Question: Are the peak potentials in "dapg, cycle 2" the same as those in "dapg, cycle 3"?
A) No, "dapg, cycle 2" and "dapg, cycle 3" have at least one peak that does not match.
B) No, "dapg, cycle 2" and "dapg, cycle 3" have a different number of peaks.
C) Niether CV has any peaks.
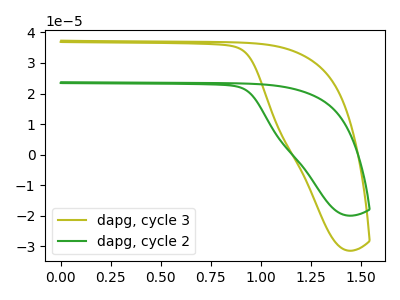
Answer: <think>The olive curve "dapg, cycle 3" has no peaks. The green curve "dapg, cycle 2" has no peaks.</think>
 <answer>C) Niether CV has any peaks.</answer>
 <eval>C</eval>